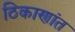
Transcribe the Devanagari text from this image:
ठिकाणांत